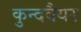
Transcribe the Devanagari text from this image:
कुन्दवैयर